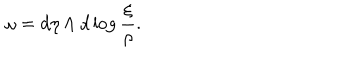
\omega = d \eta \wedge d \log \frac { \xi } { \rho } .